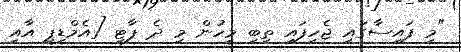
"މި ފައިސާގައި ޖެހިފައި ތިބި މީހުން މި ދެ ޕާޓީ [އެމްޑީޕީ އާއި